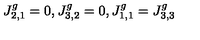
J _ { 2 , 1 } ^ { g } = 0 , J _ { 3 , 2 } ^ { g } = 0 , J _ { 1 , 1 } ^ { g } = J _ { 3 , 3 } ^ { g }